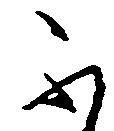
不